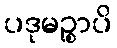
ပဒုမဉ္စာပိ